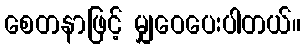
စေတနာဖြင့် မျှဝေပေးပါတယ်။